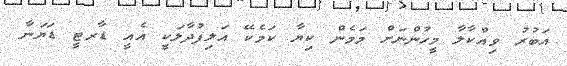
އަބުރު ވިއްކާލާ މީހުންނަށް މަމެން ކިޔާ ކަމެކޭ އަލިފުދާލަކީ އެއީ ޑާރޓީީ ޑަޔަނާ